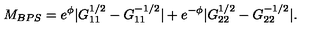
M _ { B P S } = e ^ { \phi } | G _ { 1 1 } ^ { 1 / 2 } - G _ { 1 1 } ^ { - 1 / 2 } | + e ^ { - \phi } | G _ { 2 2 } ^ { 1 / 2 } - G _ { 2 2 } ^ { - 1 / 2 } | .